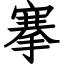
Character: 搴